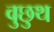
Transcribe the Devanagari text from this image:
वुछुथ